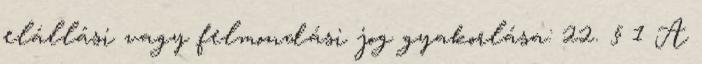
elállási vagy felmondási jog gyakorlása: 22. § 1 A